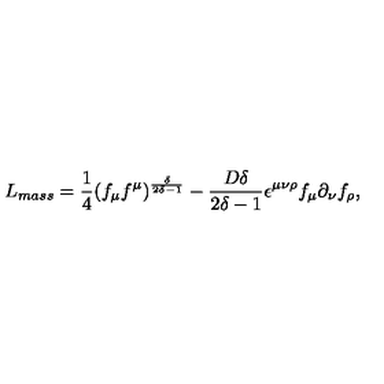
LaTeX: L _ { m a s s } = \frac { 1 } { 4 } ( f _ { \mu } f ^ { \mu } ) ^ { \frac { \delta } { 2 \delta - 1 } } - \frac { D \delta } { 2 \delta - 1 } \epsilon ^ { \mu \nu \rho } f _ { \mu } \partial _ { \nu } f _ { \rho } ,